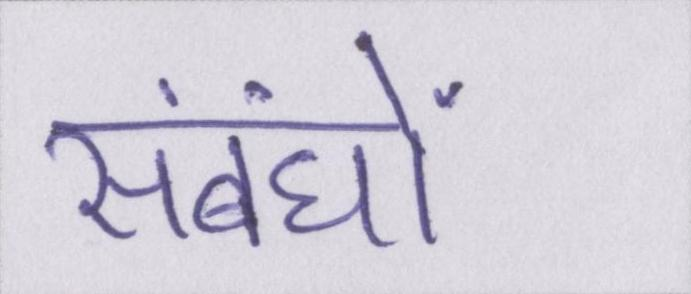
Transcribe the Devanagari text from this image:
संबंधों